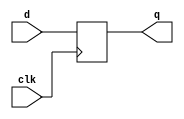
module DFF (
    input wire clk,d,
    output reg q
);
    always @(posedge clk)
    begin
    q<=d;    
    end
endmodule